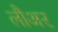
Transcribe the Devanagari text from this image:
लौअर